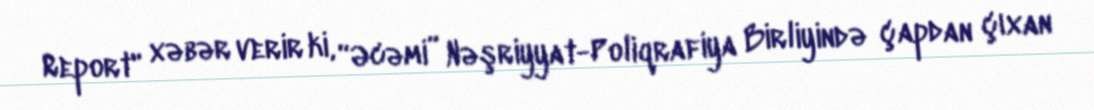
Report" xəbər verir ki, “Əcəmi” Nəşriyyat-Poliqrafiya Birliyində çapdan çıxan